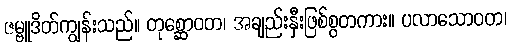
ဇမ္ဗူဒိတ်ကျွန်းသည်။ တုစ္ဆောဝတ၊ အချည်းနှီးဖြစ်စွတကား။ ပလာသောဝတ၊